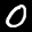
Label: 0